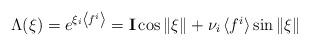
LaTeX: \begin{align*} \Lambda(\xi)=\textstyle{e^{\xi_i \left<f^i\right>}={\bf I}\cos\|\xi\|+\nu_i \left<f^i\right>}\sin\|\xi\|\end{align*}